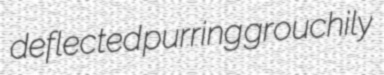
deflected purring grouchily